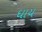
ધાય